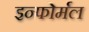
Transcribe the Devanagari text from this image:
इन्फोर्मल